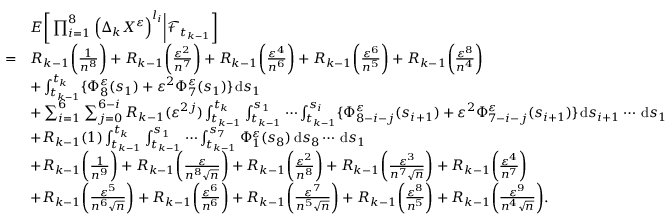
\begin{array} { r l } & { E \bigg [ \prod _ { i = 1 } ^ { 8 } \Big ( \Delta _ { k } X ^ { \varepsilon } \Big ) ^ { l _ { i } } \bigg | \mathcal { F } _ { t _ { k - 1 } } \bigg ] } \\ { = } & { R _ { k - 1 } \bigg ( \frac { 1 } { n ^ { 8 } } \bigg ) + R _ { k - 1 } \bigg ( \frac { \varepsilon ^ { 2 } } { n ^ { 7 } } \bigg ) + R _ { k - 1 } \bigg ( \frac { \varepsilon ^ { 4 } } { n ^ { 6 } } \bigg ) + R _ { k - 1 } \bigg ( \frac { \varepsilon ^ { 6 } } { n ^ { 5 } } \bigg ) + R _ { k - 1 } \bigg ( \frac { \varepsilon ^ { 8 } } { n ^ { 4 } } \bigg ) } \\ & { + \int _ { t _ { k - 1 } } ^ { t _ { k } } \{ \Phi _ { 8 } ^ { \varepsilon } ( s _ { 1 } ) + \varepsilon ^ { 2 } \Phi _ { 7 } ^ { \varepsilon } ( s _ { 1 } ) \} \, \mathrm { d } s _ { 1 } } \\ & { + \sum _ { i = 1 } ^ { 6 } \sum _ { j = 0 } ^ { 6 - i } R _ { k - 1 } ( \varepsilon ^ { 2 j } ) \int _ { t _ { k - 1 } } ^ { t _ { k } } \int _ { t _ { k - 1 } } ^ { s _ { 1 } } \cdots \int _ { t _ { k - 1 } } ^ { s _ { i } } \{ \Phi _ { 8 - i - j } ^ { \varepsilon } ( s _ { i + 1 } ) + \varepsilon ^ { 2 } \Phi _ { 7 - i - j } ^ { \varepsilon } ( s _ { i + 1 } ) \} \, \mathrm { d } s _ { i + 1 } \cdots \, \mathrm { d } s _ { 1 } } \\ & { + R _ { k - 1 } ( 1 ) \int _ { t _ { k - 1 } } ^ { t _ { k } } \int _ { t _ { k - 1 } } ^ { s _ { 1 } } \cdots \int _ { t _ { k - 1 } } ^ { s _ { 7 } } \Phi _ { 1 } ^ { \varepsilon } ( s _ { 8 } ) \, \mathrm { d } s _ { 8 } \cdots \, \mathrm { d } s _ { 1 } } \\ & { + R _ { k - 1 } \bigg ( \frac { 1 } { n ^ { 9 } } \bigg ) + R _ { k - 1 } \bigg ( \frac { \varepsilon } { n ^ { 8 } \sqrt { n } } \bigg ) + R _ { k - 1 } \bigg ( \frac { \varepsilon ^ { 2 } } { n ^ { 8 } } \bigg ) + R _ { k - 1 } \bigg ( \frac { \varepsilon ^ { 3 } } { n ^ { 7 } \sqrt { n } } \bigg ) + R _ { k - 1 } \bigg ( \frac { \varepsilon ^ { 4 } } { n ^ { 7 } } \bigg ) } \\ & { + R _ { k - 1 } \bigg ( \frac { \varepsilon ^ { 5 } } { n ^ { 6 } \sqrt { n } } \bigg ) + R _ { k - 1 } \bigg ( \frac { \varepsilon ^ { 6 } } { n ^ { 6 } } \bigg ) + R _ { k - 1 } \bigg ( \frac { \varepsilon ^ { 7 } } { n ^ { 5 } \sqrt { n } } \bigg ) + R _ { k - 1 } \bigg ( \frac { \varepsilon ^ { 8 } } { n ^ { 5 } } \bigg ) + R _ { k - 1 } \bigg ( \frac { \varepsilon ^ { 9 } } { n ^ { 4 } \sqrt { n } } \bigg ) . } \end{array}